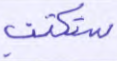
ستكتب